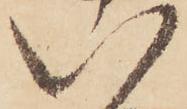
八